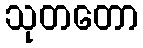
သုတတော